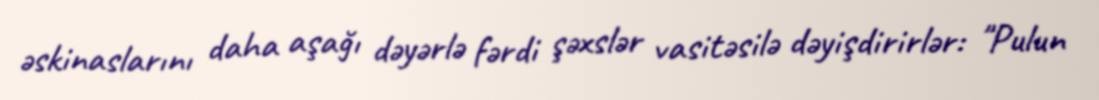
əskinaslarını daha aşağı dəyərlə fərdi şəxslər vasitəsilə dəyişdirirlər: "Pulun